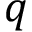
q